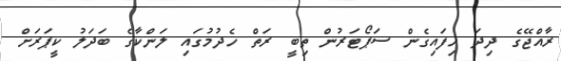
ރާއްޖޭގެ ދިދަ ހިފައިގެން ސަޕޯޓަރުން ތިބީ ރަތް ހެދުމުގައި ލަންކާގެ ބަދަލު ކީޕަރަށް